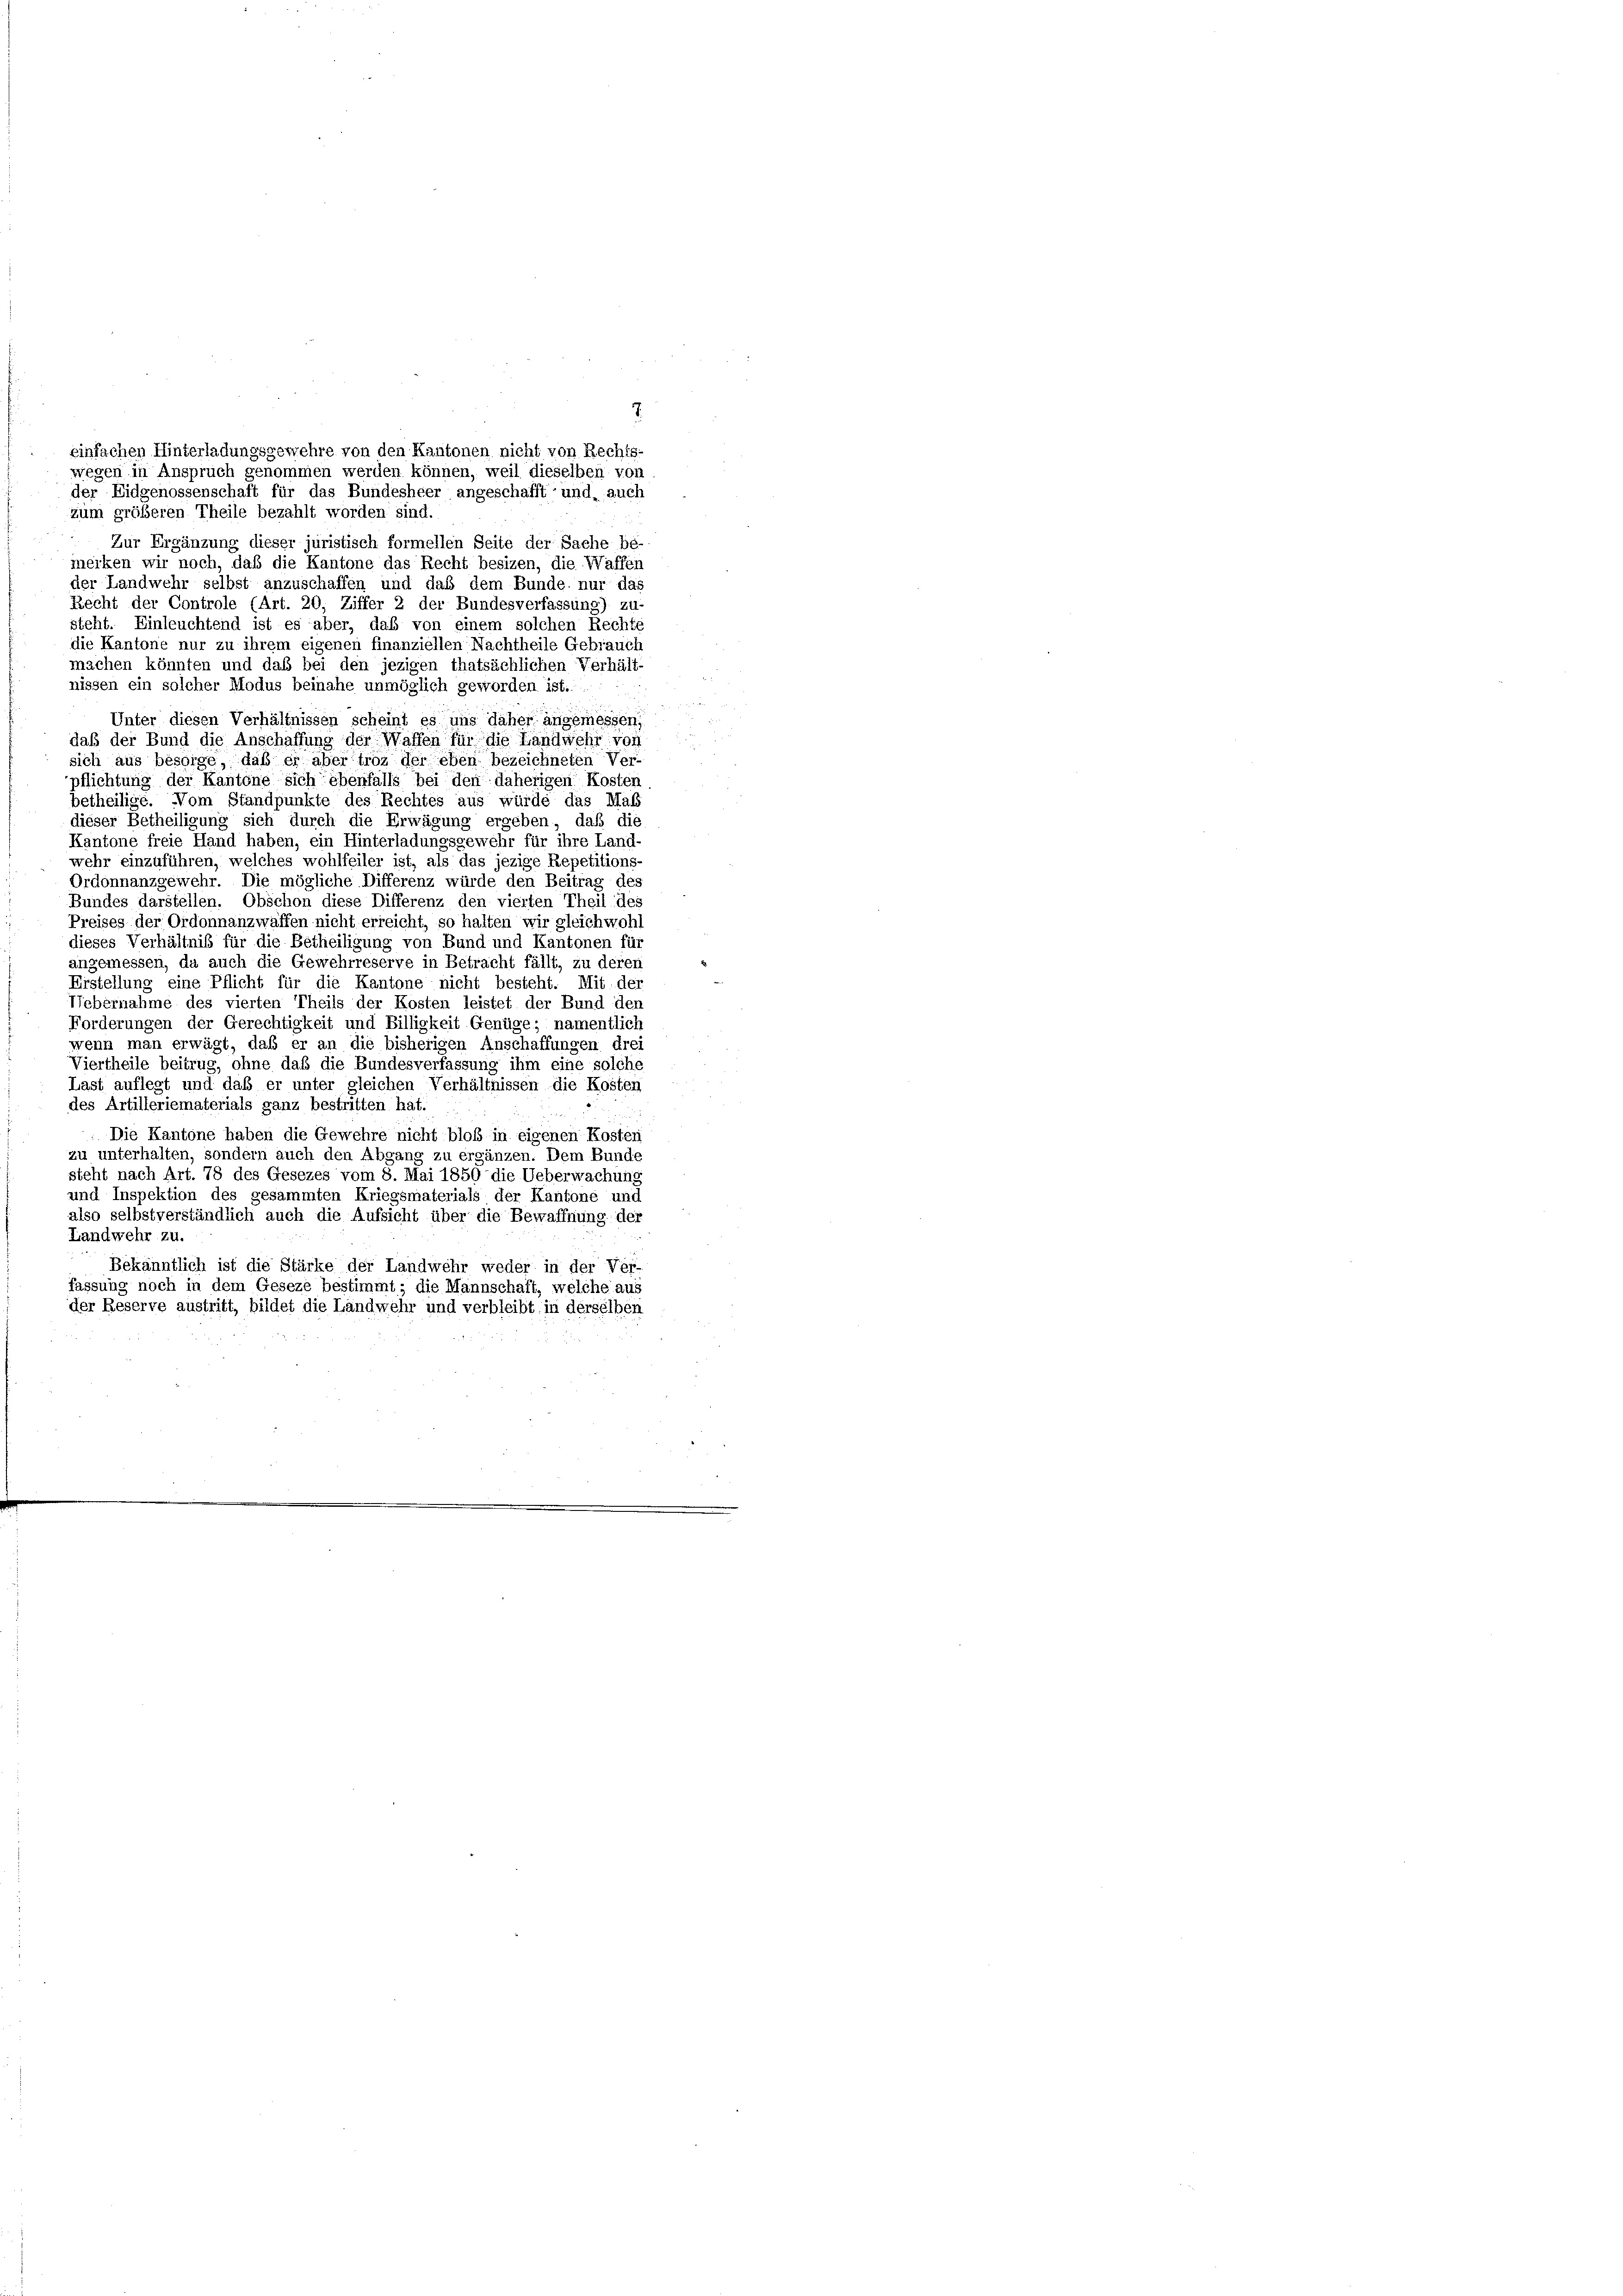
einfachen Hinterladungsgewehre von den Kantonen nicht von Rechts-
wegen in Anspruch genommen werden können, weil dieselben von
der Eidgenossenschaft für das Bundesheer angeschafft und, auch

7.

zum größeren Theile bezahlt worden sind.
Zur Ergänzung dieser juristisch formellen Seite der Sache be-
meiken wir noch, daß die Kantone das Recht besizen, die Waffen
der Landwehr selbst anzuschaffen und daß dem Bunde nur das
Recht der Controle (Art. 20, Ziffer 2 der Bundesverfassung) zu-
steht. Einleuchtend ist es aber, daß von einem solchen Rechte
die Kantone nur zu ihrem eigenen finanziellen Nachtheile Gebrauch
machen könnten und daß bei den jezigen thatsächlichen Verhält-
nissen ein solcher Modus beinahe unmöglich geworden ist.
Unter diesen Verhältnissen scheint es uns daher angemessen,
daß der Bund die Anschaffung der Waffen für die Landwehr von
sich aus besorge, daß er aber troz der eben bezeichneten Ver-
pflichtung der Kantone sich ebenfalls bei den daherigen Kosten
betheilige. Vom Standpunkte des Rechtes aus würde das Maß
dieser Betheiligung sich durch die Erwägung ergeben, daß die
Kantone freie Hand haben, ein Hinterladungsgewehr für ihre Land-
wehr einzuführen, welches wohlfeiler ist, als das jezige Repetitions-
Ordonnanzgewehr. Die mögliche Differenz würde den Beitrag des
Bundes darstellen. Obschon diese Differenz den vierten Theil des
Preises der Ordonnanzwaffen nicht erreicht, so halten wir gleichwohl
dieses Verhältnis für die Betheiligung von Bund und Kantonen für
angemessen, da auch die Gewehrreserve in Betracht fällt, zu deren
Erstellung eine Pflicht für die Kantone nicht besteht. Mit der
Febernahme des vierten Theils der Kosten leistet der Bund den
Forderungen der Gerechtigkeit und Billigkeit Genüge; namentlich
wenn man erwägt, daß er an die bisherigen Anschaffungen drei
Viertheile beitrug, ohne daß die Bundesverfassung ihm eine solche
Last auflegt und daß er unter gleichen Verhältnissen die Kosten
des Artilleriematerials ganz bestritten hat.
.Die Kantone haben die Gewehre nicht bloß in eigenen Kosten
zu unterhalten, sondern auch den Abgang zu ergänzen. Dem Bunde
steht nach Art. 78 des Gesezes vom 8. Mai 1850 die Ueberwachung
und Inspektion des gesammten Kriegsmaterials der Kantone und
also selbstverständlich auch die Aufsicht über die Bewaffnung der
Landwehr zu.
Bekänntlich ist die Stärke der Landwehr weder in der Ver-
fassung noch in dem Geseze bestimmt; die Mannschaft, welche aus
der Reserve austritt, bildet die Landwehr und verbleibt in derselben

2 x